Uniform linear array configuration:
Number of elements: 4
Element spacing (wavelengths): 0.5
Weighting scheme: uniform
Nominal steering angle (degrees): -15
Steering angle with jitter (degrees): -15.327
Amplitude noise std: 0.05
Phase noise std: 0.05

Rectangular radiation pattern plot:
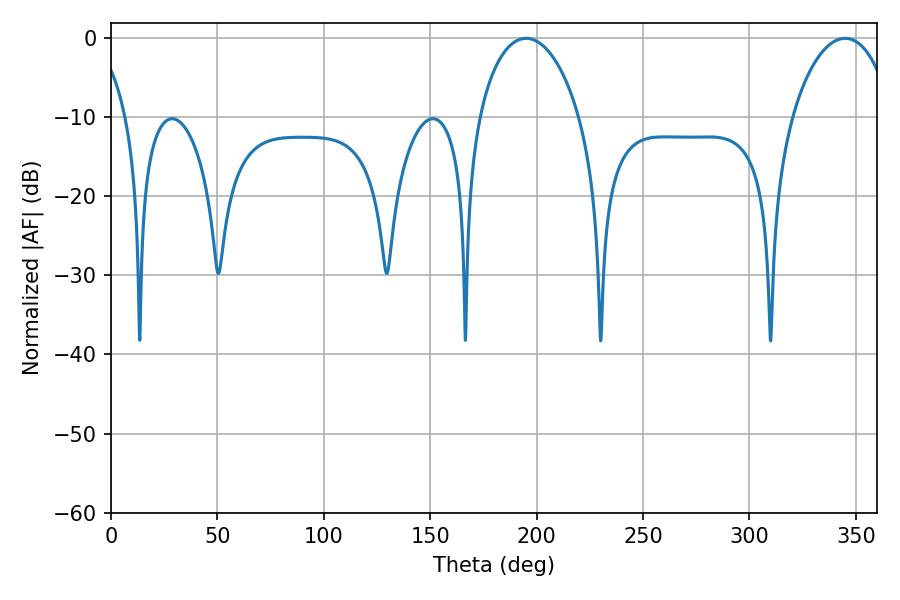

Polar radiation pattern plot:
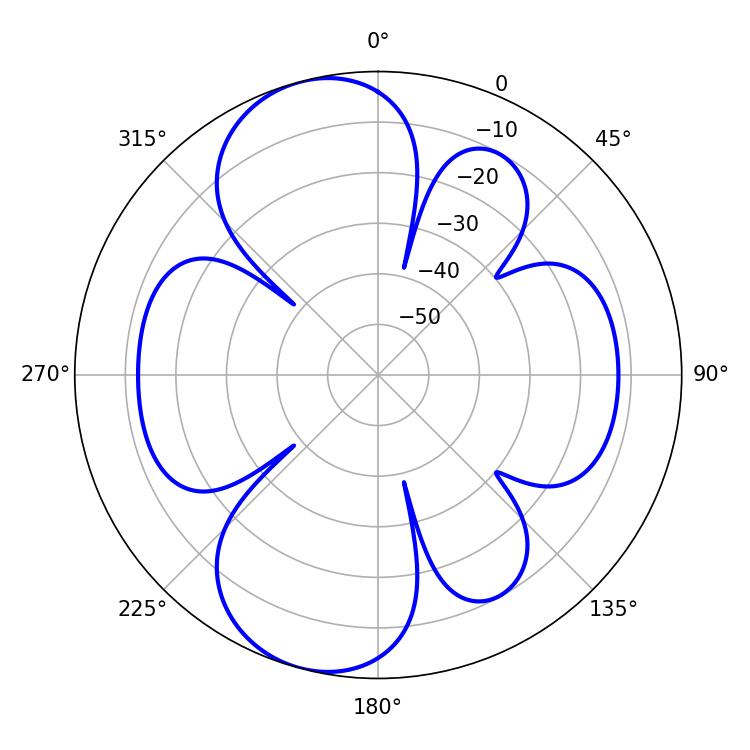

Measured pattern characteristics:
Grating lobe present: FALSE
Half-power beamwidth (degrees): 27.18
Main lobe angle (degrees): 344.88